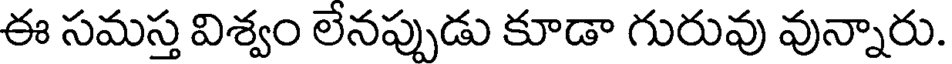
ఈ సమస్త విశ్వం లేనప్పుడు కూడా గురువు వున్నారు.